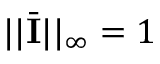
| | \bar { \mathbf { I } } | | _ { \infty } = 1